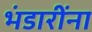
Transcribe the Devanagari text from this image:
भंडारींना